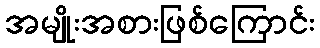
အမျိုးအစားဖြစ်ကြောင်း